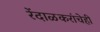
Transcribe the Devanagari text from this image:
रेंदाळकरांचेही